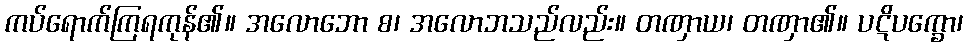
ကပ်ရောက်ကြရကုန်၏။ အလောဘော စ၊ အလောဘသည်လည်း။ တဏှာယ၊ တဏှာ၏။ ပဋိပက္ခော၊